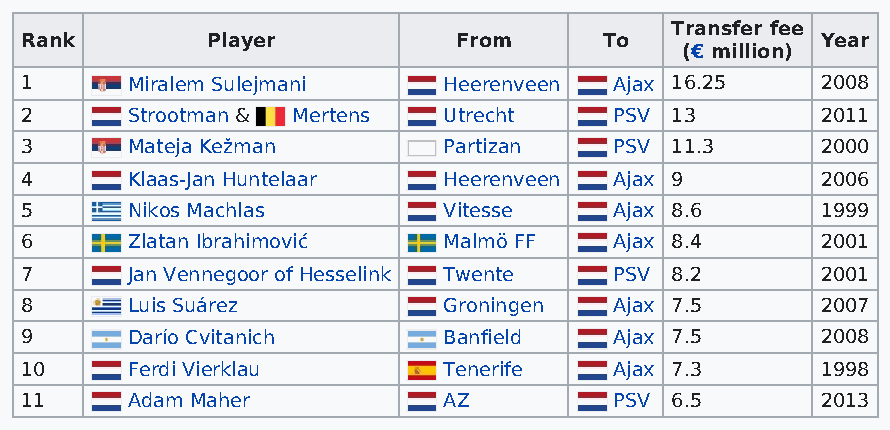
Transfer fee
 Rank         Player          From      To            Year
 (€ million)
 1      Miralem Sulejmani    Heerenveen  Ajax 16.25   2008
 2      Strootman & Mertens  Utrecht     PSV 13       2011
 3      Mateja Kežman        Partizan    PSV 11.3     2000
 4      Klaas-Jan Huntelaar  Heerenveen  Ajax 9       2006
 5      Nikos Machlas        Vitesse     Ajax 8.6     1999
 6      Zlatan Ibrahimović   Malmö FF    Ajax 8.4     2001
 7      Jan Vennegoor of Hesselink Twente PSV 8.2     2001
 8      Luis Suárez          Groningen   Ajax 7.5     2007
 9      Darío Cvitanich      Banfield    Ajax 7.5     2008
 10     Ferdi Vierklau       Tenerife    Ajax 7.3     1998
 11     Adam Maher           AZ          PSV 6.5      2013